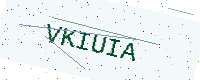
Text: VKIUIA